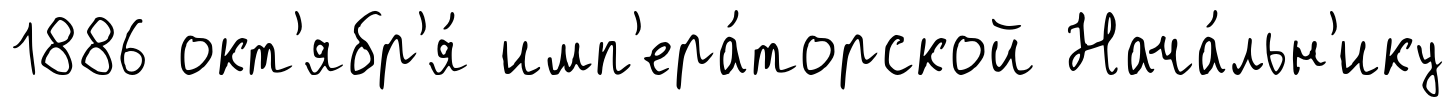
1886 окт'ябр'я́ имп'ера́торской Нача́льн'ику